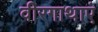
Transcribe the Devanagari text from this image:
वीरगाथाएं